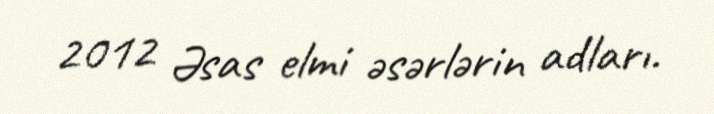
2012 Əsas elmi əsərlərin adları.